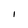
Character: I